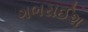
ગભરાઈશ